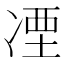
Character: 凐